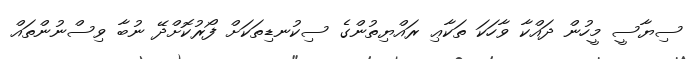
ސިޔާސީ މީހުން ދައްކާ ވާހަކަ ތަކާޢި ރައްޔިތުންގެ ސިކުނޑިތަކަށް ފޯރުކޮށްދޭ ނުބާ ވިސްނުންތައް